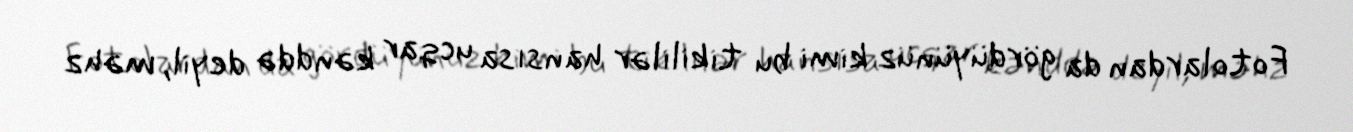
Fotolardan da gördüyünüz kimi bu tikililər hansısa ucqar kənddə deyil, məhz